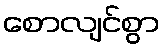
စောလျင်စွာ